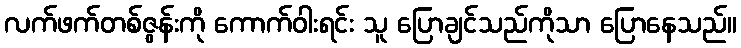
လက်ဖက်တစ်ဇွန်းကို ကောက်ဝါးရင်း သူ ပြောချင်သည်ကိုသာ ပြောနေသည်။